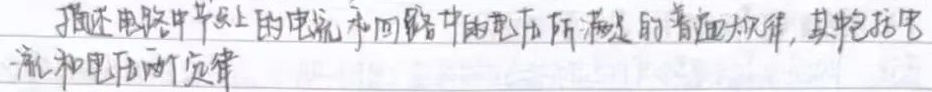
描述电路中节点上的电流和回路中的电压所满足的普遍规律，其中包括电流和电压的定律